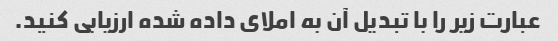
عبارت زیر را با تبدیل آن به املای داده شده ارزیابی کنید.